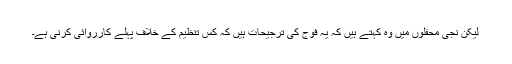
لیکن نجی محفلوں میں وہ کہتے ہیں کہ یہ فوج کی ترجیحات ہیں کہ کس تنظیم کے خلاف پہلے کارروائی کرنی ہے۔